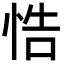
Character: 悎